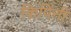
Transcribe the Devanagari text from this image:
किपिनी